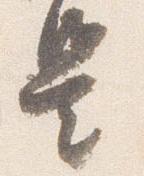
是